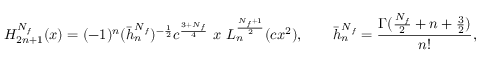
\mathnormal { H } _ { 2 n + 1 } ^ { N _ { f } } ( x ) = ( - 1 ) ^ { n } ( \bar { h } _ { n } ^ { N _ { f } } ) ^ { - \frac { 1 } { 2 } } c ^ { \frac { 3 + N _ { f } } { 4 } } \ x \ \mathnormal { L } _ { n } ^ { \frac { N _ { f } + 1 } { 2 } } ( c x ^ { 2 } ) , \qquad \bar { h } _ { n } ^ { N _ { f } } = \frac { \Gamma ( \frac { N _ { f } } { 2 } + n + \frac { 3 } { 2 } ) } { n ! } ,